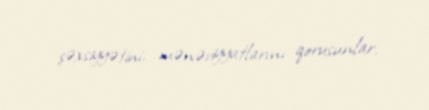
şəxsiyyətini, mənəviyyatlarını qorusunlar.